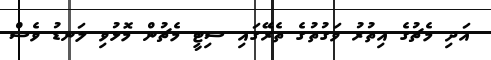
އަދި މެޗުގެ އިތުރު ވަގުތުގެ ތެރޭގައި ސިޓީ މެޗުން މޮޅުވި ލަނޑު ވެސް